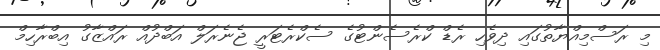
މި ރަސްމިއްޔާތުގައި ދިވެހި ރެޑް ކްރެސެންޓުގެ ސެކްރެޓަރީ ޖެނެރަލް އަބްދުއް ރައްޒާގު އިބްރާހިމް